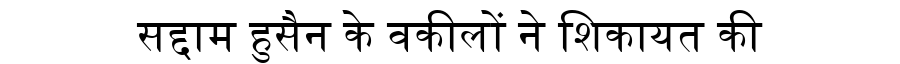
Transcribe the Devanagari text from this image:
सद्दाम हुसैन के वकीलों ने शिकायत की